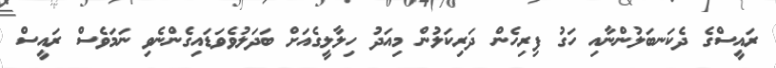
ރައީސްގެ ދެކަނބަލުންނާއި ހަގު ފިރިހެން ދަރިކަލުން މިއަދު ހިލާލީގެއަށް ބަދަލުވެވަޑައިގެންނެވި ނަމަވެސް ރައީސް